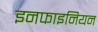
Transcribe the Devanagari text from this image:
इनफाइनियन